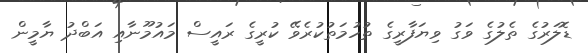
ޑޮލަރުގެ ތެލުގެ ވަގު ވިޔަފާރީގެ ތުހުމަތުކުރެވޭ ކުރީގެ ރައީސް މައުމޫނާއި އަބްދު ޔާމީން